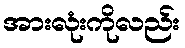
အားလုံးကိုလည်း